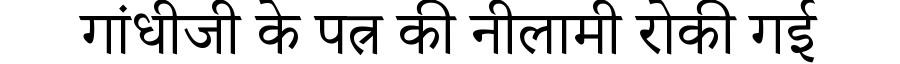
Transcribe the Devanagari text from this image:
गांधीजी के पत्र की नीलामी रोकी गई